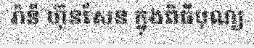
រ៉ានី ហ៊ុនសែន ក្នុងពិធីបុណ្យ